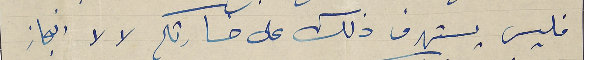
فليس يستهدف ذلك على حسارتكم لا لا انجاز